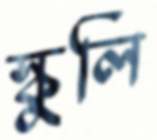
স্কুলি